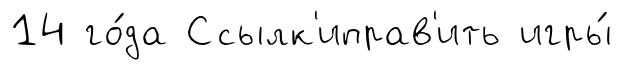
14 го́да Ссылк'иправ'ить игры́